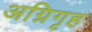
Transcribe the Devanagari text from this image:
अग्निगृह